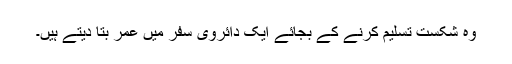
وہ شکست تسلیم کرنے کے بجائے ایک دائروی سفر میں عمر بتا دیتے ہیں۔